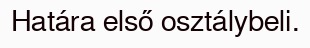
Határa első osztálybeli.